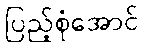
ပြည့်စုံအောင်